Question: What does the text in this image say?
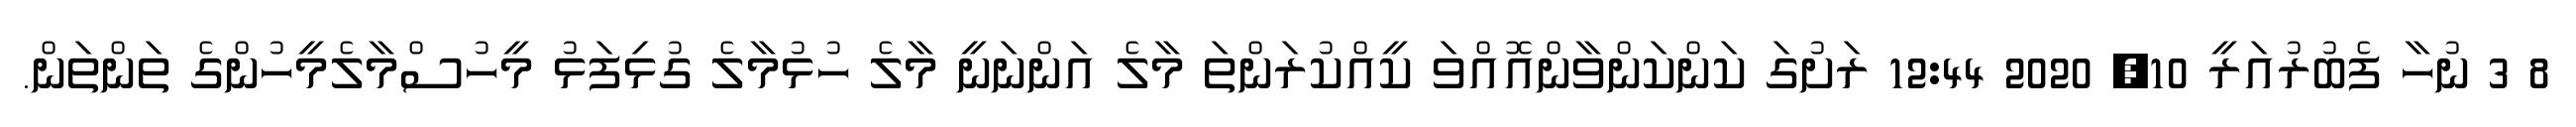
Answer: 8 3 ނުހާ ފެބުރުއަރީ 10, 2020 12:44 ރަށުގަ ކަންކަންވާންއޮއްވަ ކީއްކުރަންތަ މާލެ އަންނަނީ މާލެ ހުޅުމާލެ ގުޅިފަޅު މީހުސްމާލެމީހުންގެ ތަންތަން.